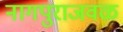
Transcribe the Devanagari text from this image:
नागपुराजवळ